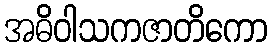
အဓိဝါသကဇာတိကော